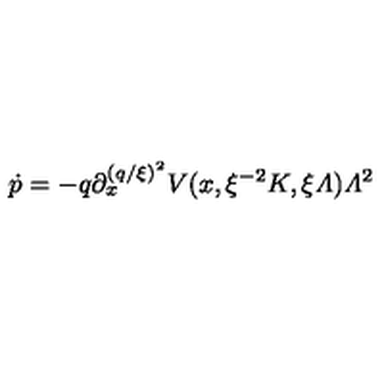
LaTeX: \dot { p } = - q { \textstyle \partial _ { x } ^ { ( q / \xi ) ^ { 2 } } } V ( x , \xi ^ { - 2 } K , \xi { \mit \Lambda } ) { \mit \Lambda } ^ { 2 }